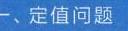
一、定值问题